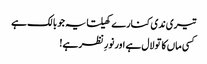
تیری ندی کنارے کھیلتا یہ جو بالک ہے
کسی ماں کا تو لال ہے اور نورِ نظر ہے!